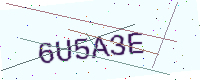
Text: 6U5A3E